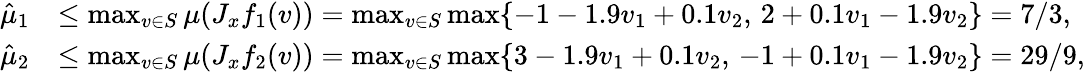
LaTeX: \begin{array}{rl}{\hat{\mu}_{1}}&{\leq\operatorname*{max}_{v\in S}\mu(J_{x}f_{1}(v))=\operatorname*{max}_{v\in S}\operatorname*{max}\{ -1-1.9v_{1}+0.1v_{2},\, 2+0.1v_{1}-1.9v_{2}\} =7/3,}\\ {\hat{\mu}_{2}}&{\leq\operatorname*{max}_{v\in S}\mu(J_{x}f_{2}(v))=\operatorname*{max}_{v\in S}\operatorname*{max}\{ 3-1.9v_{1}+0.1v_{2},\, -1+0.1v_{1}-1.9v_{2}\} =29/9,}\end{array}